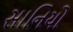
સાનિયો